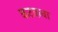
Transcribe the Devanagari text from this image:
कटकचा